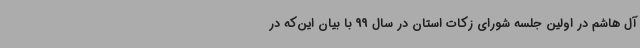
آل هاشم در اولین جلسه شورای زکات استان در سال 99 با بیان این‌که در